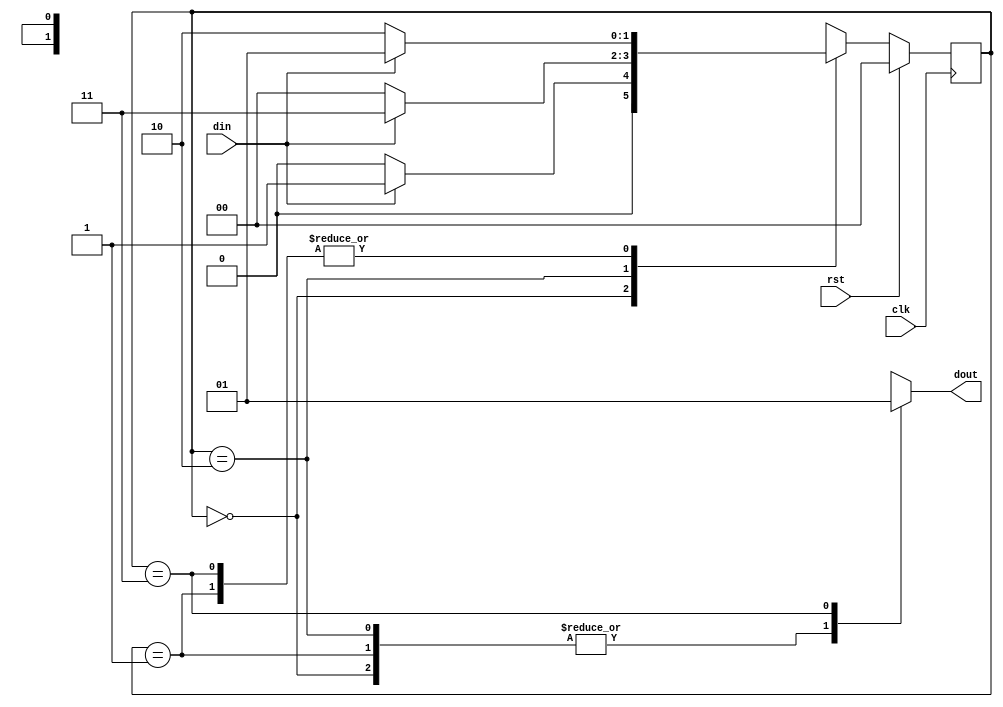
`timescale 1ns / 1ps
module seq_detector_moore(input clk,rst,din,output reg dout);

parameter S0=0;
parameter S1=1;
parameter S2=2;
parameter S3=3;

reg [1:0] state=S0,nstate=S0; 

always @(state,din) begin
case(state)
    S0:begin 
        if(din==1'b1)
            nstate=S1;
         else
         nstate=S0;
    dout=1'b0;
    end
    S1:begin
        dout=1'b0;
        if(din==1'b1)
            nstate=S1;
         else
         nstate=S2;
    end 
    S2:begin
        dout=1'b0;
        if(din==1'b1)
            nstate=S3;
         else
         nstate=S0;
    end
    S3:begin
        dout=1'b1;
        if(din==1'b1)
            nstate=S1;
         else
         nstate=S2;
    end
endcase
end

always @(posedge clk)
begin
    if(rst==1'b1)
        state<=S0;
    else
        state<=nstate;
end
endmodule